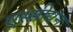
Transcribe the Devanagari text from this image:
एस्सीयन